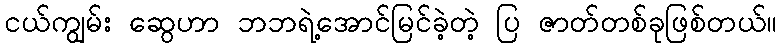
ငယ်ကျွမ်း ဆွေဟာ ဘဘရဲ့အောင်မြင်ခဲ့တဲ့ ပြ ဇာတ်တစ်ခုဖြစ်တယ်။